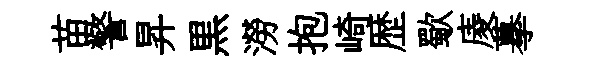
苗警昇黒澇抱崎歴歜庱摹